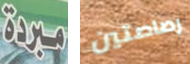
مبردة رصاصتين